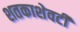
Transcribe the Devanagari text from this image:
शतकाशेवटी